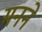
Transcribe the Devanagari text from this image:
मनने